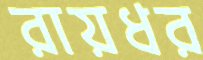
রায়ধর